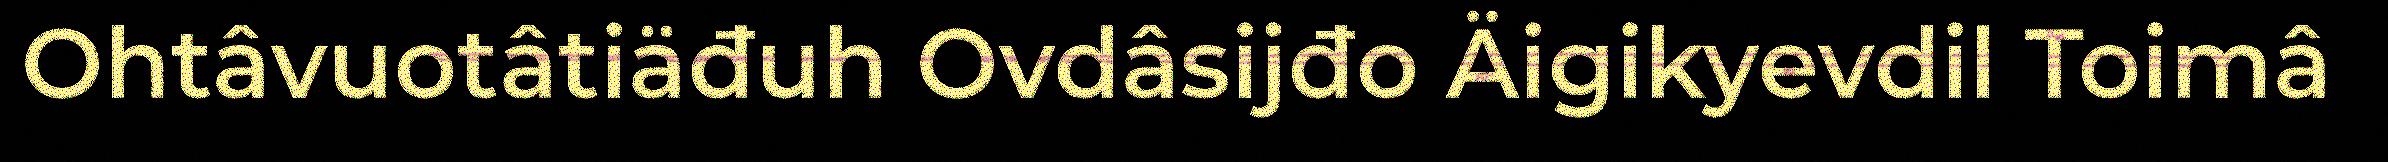
Ohtâvuotâtiäđuh Ovdâsijđo Äigikyevdil Toimâ